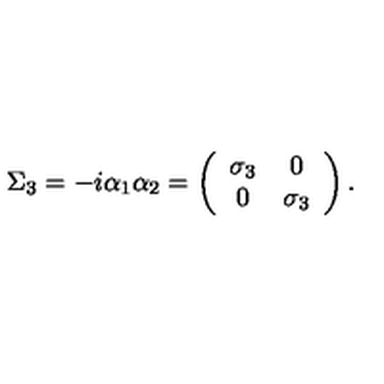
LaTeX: \Sigma _ { 3 } = - i \alpha _ { 1 } \alpha _ { 2 } = \left( \begin{array} { c c } { \sigma _ { 3 } } & { 0 } \\ { 0 } & { \sigma _ { 3 } } \\ \end{array} \right) .